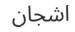
اشجان